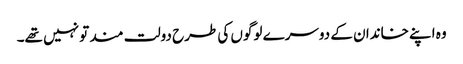
وہ اپنے خاندان کے دوسرے لوگوں کی طرح دولت مند تو نہیں تھے۔